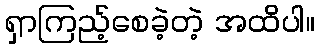
ရှာကြည့်စေခဲ့တဲ့ အထိပါ။